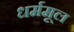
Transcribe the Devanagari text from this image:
धर्ममूल